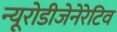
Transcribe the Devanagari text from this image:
न्यूरोडीजेनेरेटिव